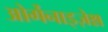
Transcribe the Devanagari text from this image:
ओर्गेनाइज़ेश्न